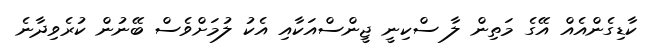
ކާޑިގެންއެއް އޭގެ މަތިން ލާ ސްކިނީ ޖީންސްއަކާއި އެކު ލުމަށްވެސް ބޭނުން ކުރެވިދާނެ